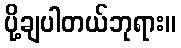
ပို့ချပါတယ်ဘုရား။